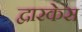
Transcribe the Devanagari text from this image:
द्वारकेस